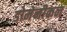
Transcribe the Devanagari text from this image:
डोमेनीकन